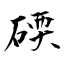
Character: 碝